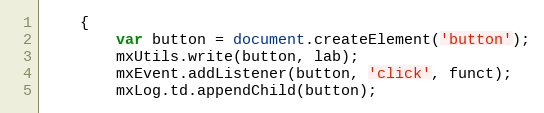
Language: JavaScript
	{
		var button = document.createElement('button');
		mxUtils.write(button, lab);
		mxEvent.addListener(button, 'click', funct);
		mxLog.td.appendChild(button);